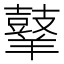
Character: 𪔙